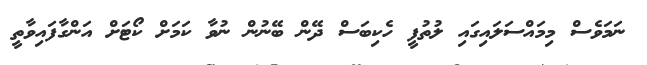
ނަމަވެސް މިމައްސަލައިގައި ލުތުފީ ހެކިބަސް ދޭން ބޭނުން ނުވާ ކަމަށް ކޯޓަށް އަންގާފައިވާތީ